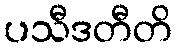
ပသီဒတီတိ